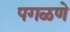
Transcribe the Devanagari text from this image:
पगळणे